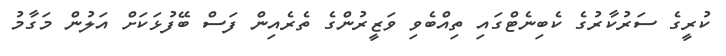
ކުރީގެ ސަރުކާރުގެ ކެބިނެޓްގައި ތިއްބެވި ވަޒީރުންގެ ތެރެއިން ފަސް ބޭފުޅަކަށް އަލުން މަގާމު